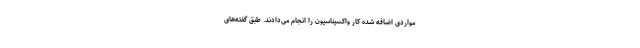
مواردی اضافه شده کار واکسیناسیون را انجام می‌دادند. طبق گفته‌های